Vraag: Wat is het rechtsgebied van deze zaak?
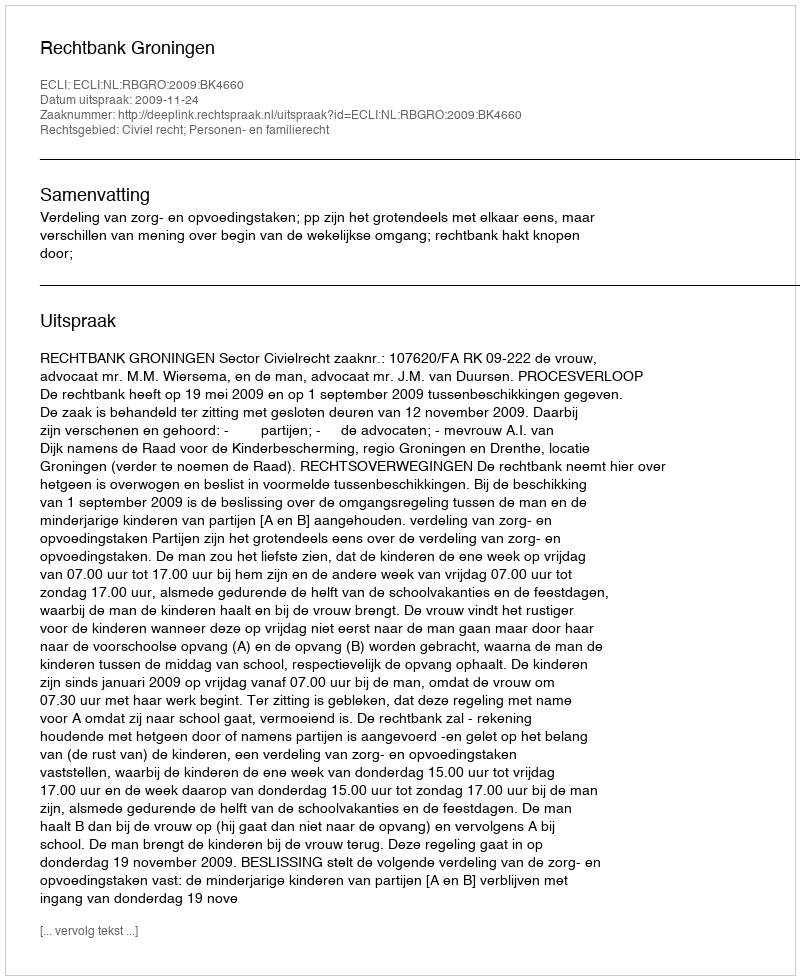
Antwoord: Civiel recht; Personen- en familierecht